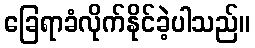
ခြေရာခံလိုက်နိုင်ခဲ့ပါသည်။